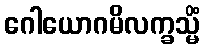
ဂေါယောဂမိလက္ခသ္မိံ